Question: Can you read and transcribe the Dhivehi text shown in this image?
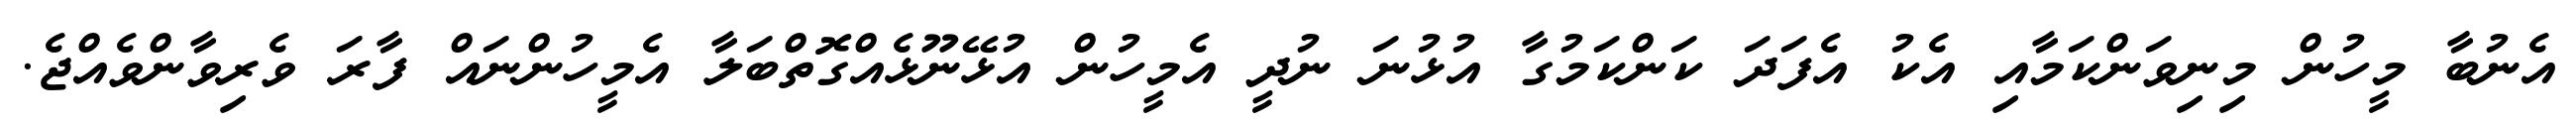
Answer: އެނުބާ މީހުން މިނިވަންކަމާއި އެކު އެފަދަ ކަންކަމުގާ އުޅުނަ ނުދީ އެމީހުން އުޅޭނޫޅެއްގޮތްބަލާ އެމީހުންނައް ފާރަ ވެރިވާންވެއްޖެ.